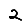
Digit: 2